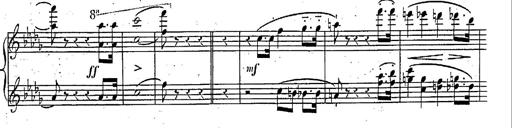
Title: Marche et Cavatine de Lucie de Lammermoor, S.398
Composer: Franz Liszt